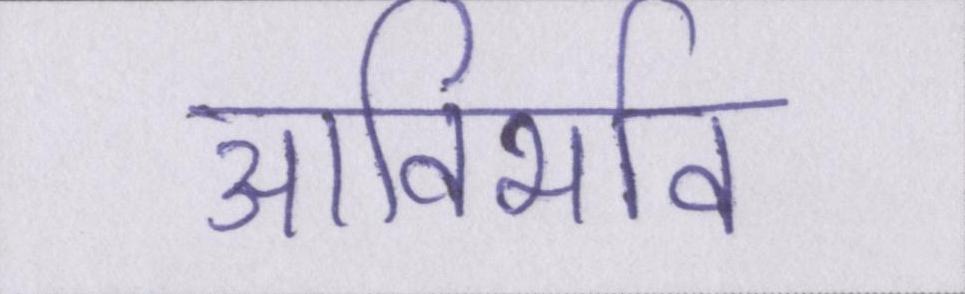
आविर्भाव